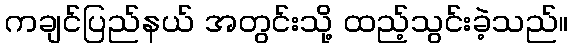
ကချင်ပြည်နယ် အတွင်းသို့ ထည့်သွင်းခဲ့သည်။